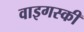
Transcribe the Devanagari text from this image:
वाइगस्की